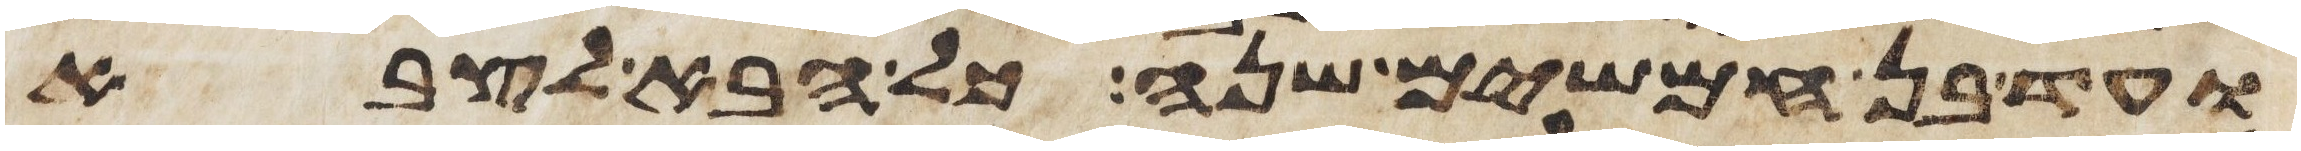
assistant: ועד בן חמשים שנה כל הבא לצבא